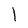
Character: 1